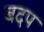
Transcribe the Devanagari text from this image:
बदप